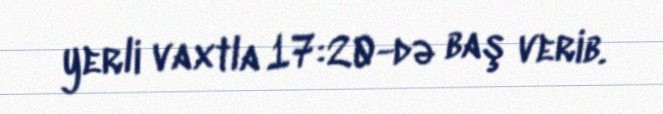
yerli vaxtla 17:20-də baş verib.